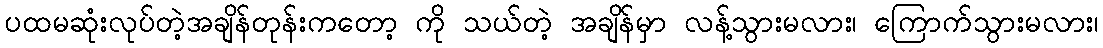
ပထမဆုံးလုပ်တဲ့အချိန်တုန်းကတော့ ကို သယ်တဲ့ အချိန်မှာ လန့်သွားမလား၊ ကြောက်သွားမလား၊